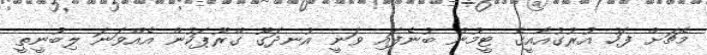
މެޗަށް ފަހު އުރުގުއާއީގެ ޓީމުން ބުނެފައި ވަނީ އުނދަގޫ ގްރޫޕަކުން އެއްވަނަ ލިބުނީތީ